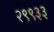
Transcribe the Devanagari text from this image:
२९९३३